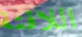
اللافتة